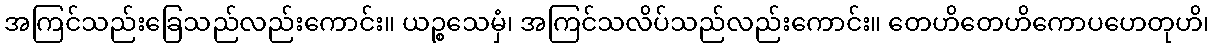
အကြင်သည်းခြေသည်လည်းကောင်း။ ယဉ္စသေမှံ၊ အကြင်သလိပ်သည်လည်းကောင်း။ တေဟိတေဟိကောပဟေတုဟိ၊